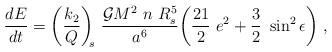
LaTeX: \begin{align*}\frac{dE}{dt}= \bigg(\frac{k_2}{Q}\bigg)_{\!\!s}\ \frac{\mathcal{G}M^2\ n\ R_s^5}{a^6}\bigg(\frac{21}{2}\ e^2+\frac{3}{2}\ \sin^2 \epsilon\bigg)\ ,\end{align*}